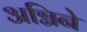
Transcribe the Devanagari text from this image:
अग्निने